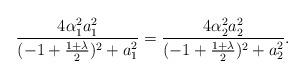
LaTeX: \begin{align*}\frac{4\alpha_{1}^2 a_{1}^{2}}{(-1 + \frac{1+\lambda}{2})^{2} + a_{1}^{2}} = \frac{4\alpha_{2}^2 a_{2}^{2}}{(-1 + \frac{1+\lambda}{2})^{2} + a_{2}^{2}}.\end{align*}